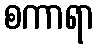
စကာရာ